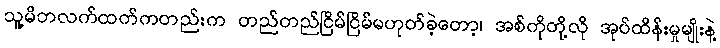
သူ့မိဘလက်ထက်ကတည်းက တည်တည်ငြိမ်ငြိမ်မဟုတ်ခဲ့တော့၊ အစ်ကိုတို့လို အုပ်ထိန်းမှုမျိုးနဲ့